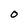
Character: O